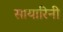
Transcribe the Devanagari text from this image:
सायारिनी